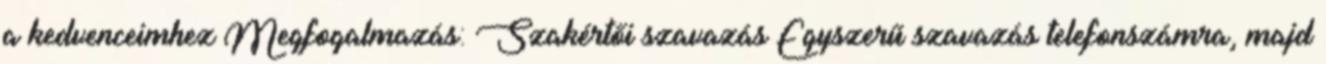
a kedvenceimhez Megfogalmazás: Szakértői szavazás Egyszerű szavazás telefonszámra, majd